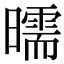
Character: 曘